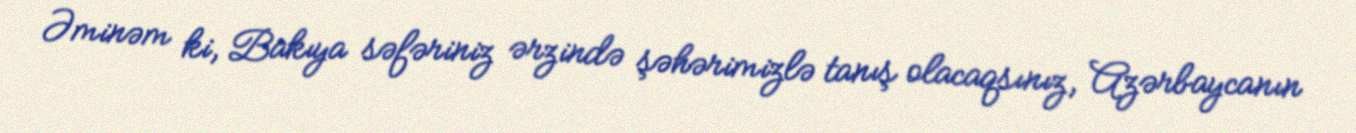
Əminəm ki, Bakıya səfəriniz ərzində şəhərimizlə tanış olacaqsınız, Azərbaycanın